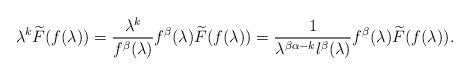
LaTeX: \begin{align*}\lambda^k\widetilde{F}(f(\lambda))=\frac{\lambda^k}{f^\beta(\lambda)}f^\beta(\lambda)\widetilde{F}(f(\lambda))=\frac{1}{\lambda^{\beta \alpha-k}l^\beta(\lambda)}f^\beta(\lambda)\widetilde{F}(f(\lambda)).\end{align*}